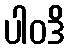
ပါဝဒိ